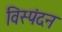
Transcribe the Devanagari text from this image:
विस्पंदन